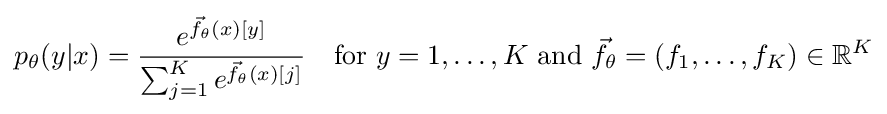
p_{\theta }(y|x)={\frac {e^{{\vec {f}}_{\theta }(x)[y]}}{\sum _{j=1}^{K}e^{{\vec {f}}_{\theta }(x)[j]}}}\ \ {\text{ for }}y=1,\dotsc ,K{\text{ and }}{\vec {f}}_{\theta }=(f_{1},\dotsc ,f_{K})\in \mathbb {R} ^{K}